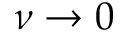
\nu \to 0